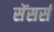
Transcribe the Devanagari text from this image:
सेंसर्स